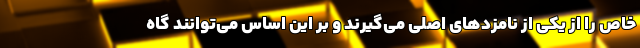
خاص را از یکی از نامزدهای اصلی می‌گیرند و بر این اساس می‌توانند گاه